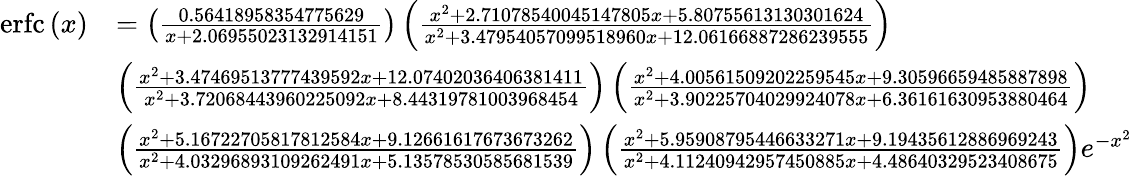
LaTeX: {\begin{array}{rl}{\operatorname{erfc}\left(x\right)}&{=\left({\frac{0.56418958354775629}{x+2.06955023132914151}}\right)\left({\frac{x^{2}+2.71078540045147805x+5.80755613130301624}{x^{2}+3.47954057099518960x+12.06166887286239555}}\right)}\\ &{\left({\frac{x^{2}+3.47469513777439592x+12.07402036406381411}{x^{2}+3.72068443960225092x+8.44319781003968454}}\right)\left({\frac{x^{2}+4.00561509202259545x+9.30596659485887898}{x^{2}+3.90225704029924078x+6.36161630953880464}}\right)}\\ &{\left({\frac{x^{2}+5.16722705817812584x+9.12661617673673262}{x^{2}+4.03296893109262491x+5.13578530585681539}}\right)\left({\frac{x^{2}+5.95908795446633271x+9.19435612886969243}{x^{2}+4.11240942957450885x+4.48640329523408675}}\right)e^{-x^{2}}}\end{array}}